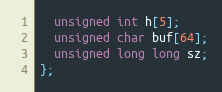
Language: C
  unsigned int h[5];
  unsigned char buf[64];
  unsigned long long sz;
};